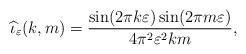
LaTeX: \begin{align*}\widehat \iota_\varepsilon(k,m) = \frac{\sin(2\pi k \varepsilon) \sin(2\pi m \varepsilon)}{4 \pi^2 \varepsilon^2 km},\end{align*}